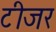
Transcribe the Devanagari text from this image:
टीजर